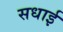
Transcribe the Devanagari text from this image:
सधाई